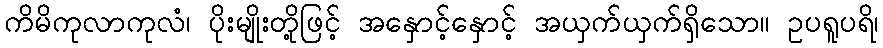
ကိမိကုလာကုလံ၊ ပိုးမျိုးတို့ဖြင့် အနှောင့်နှောင့် အယှက်ယှက်ရှိသော။ ဥပရူပရိ၊